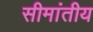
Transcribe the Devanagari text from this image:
सीमांतीय